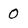
Character: 0